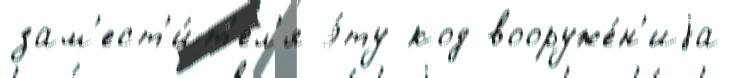
зам'ест'и́т'ел'я э́ту код вооруже́н'иjа